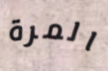
المرة